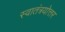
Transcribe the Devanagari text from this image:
स्वातंत्रयोत्तर